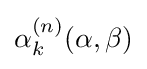
\alpha _{k}^{(n)}(\alpha ,\beta )